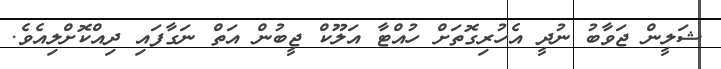
ޝަލީން ޖަވާބު ނުދީ އެހުރިގޮތަށް ހުއްޓާ އަލޫކް ޖީބުން އަތް ނަގާފައި ދިއްކޮށްލިއެވެ.